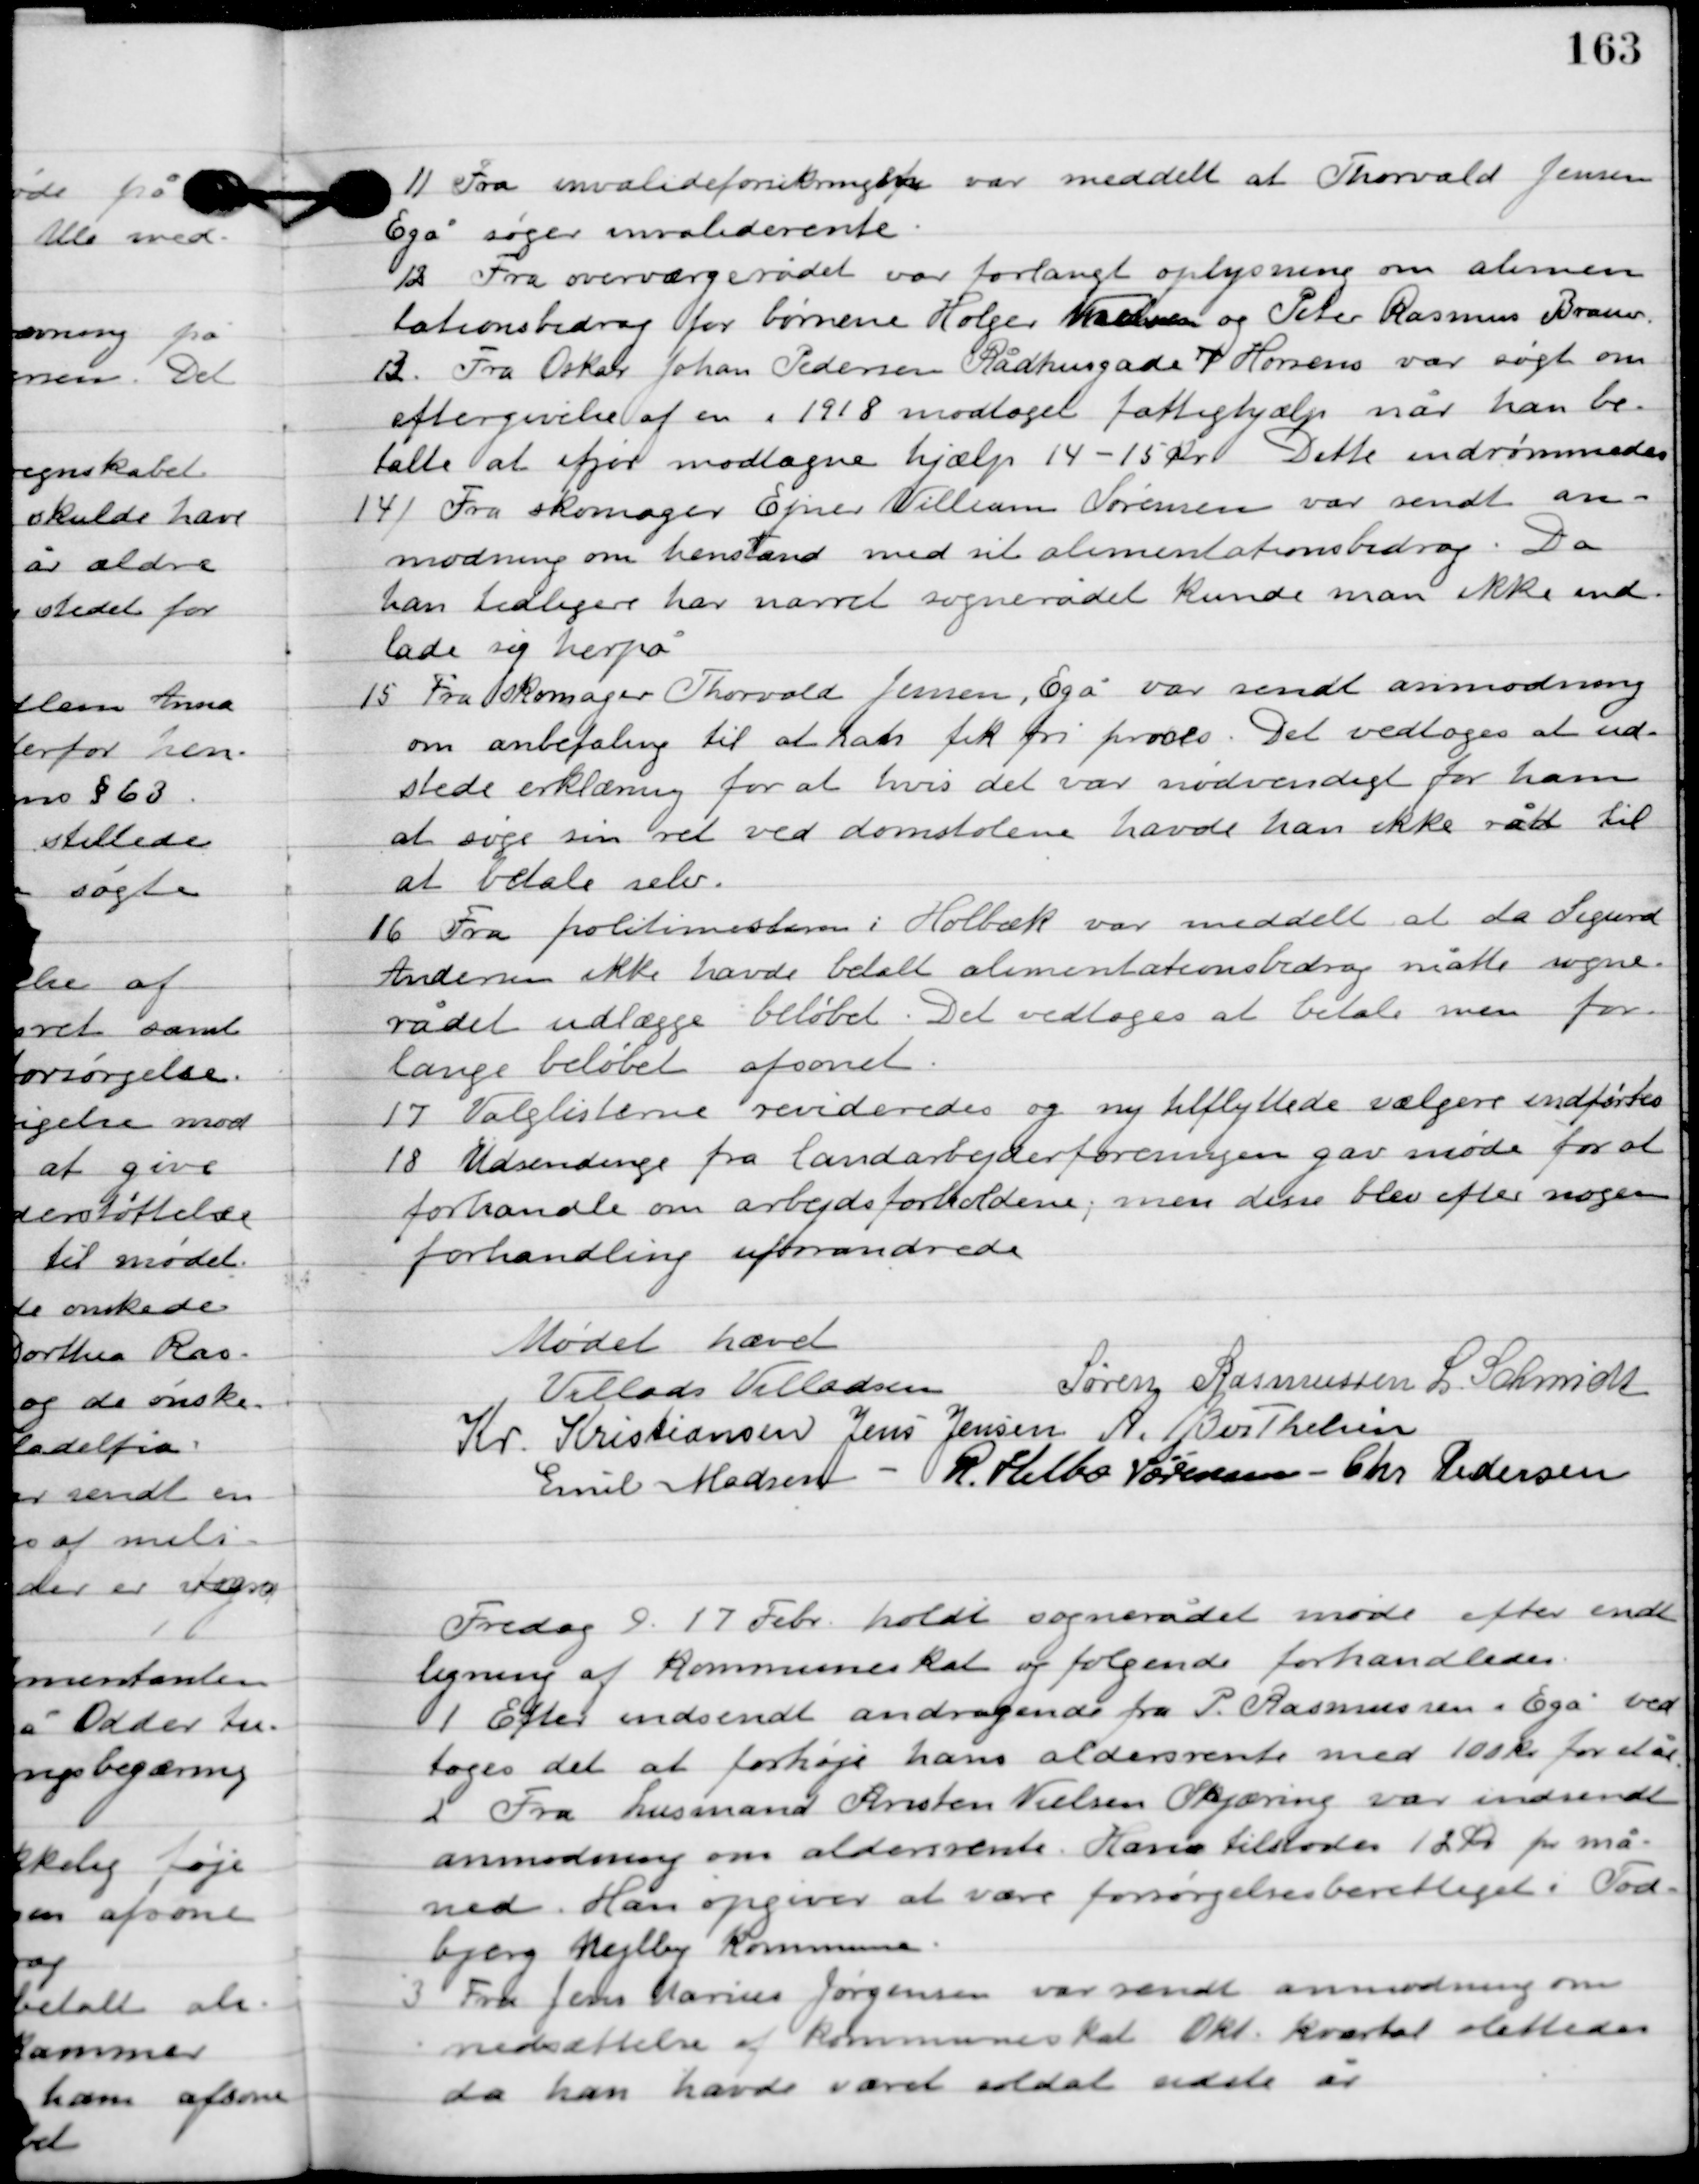
Transskription:
11

Fra invalideforsikringen var meddelt at Thorvald Jensen
Egå søger invaliderente.

12

Fra overværgerådet var forlangt oplysning om alimen-
tationsbidrag for børnene Holger Madsen og Peter Rasmus Brauer.

13

Fra Oskar Johan Pedersen Rådhusgade 7 Horsens var søgt om
eftergivelse af en i 1918 modtaget fattighjælp når han be-
talte at afgør modtagne hjælp 14-15 øre. Dette indrømmedes.

14

Fra skomager Ejner Villiam Sørensen var sendt an-
modning om henstand med sit alimentationsbidrag. Da
han tidligere har narret sognerådet kunde man ikke ind-
lade sig herpå.

15

Fra skomager Thorvald Jensen, Egå var sendt anmodning
om anbefaling til at han fik fri proces. Det vedtoges at ud-
stede erklæring fir at hvis det var nødvendigt for ham
at søge sin ret ved domstolene havde han ikke råd til
 at betale selv.

16

Fra politimesteren i Holbæk var meddelt at da Sigurd
Andersen ikke have betalt alimentationsbidrag måtte sogne-
rådet udlægge beløbet. Det vedtoges at betale men for-
lange beløbet afsonet.

17

Valglisterne revideredes og ny tilflyttede vælgere indførtes.

18

Udsendinge fra landarbejderforeningen gav møde for at
forhandle om arbejdsforholdene; men disse blev efter nogen
forhandling uforandrede.

Mødet hævet

Villads J. Villadsen
Søren Rasmussen
I. Schmidt
Kr. Kristiansen
Jens Jensen
A. Berthelsen
Emil Madsen
R. Helbo Sørensen
Chr. Pedersen

Fredag D. 17. Febr. holdt sognerådet møde efter endt
ligning af kommuneskat og følgende sager behandledes.

1

Efter indsendt andragende fra P. Rasmussen i Egå ved-
toges det at forhøje has aldersrente med 100 kr. for et år.

2

Fra husmand Kristen Nielsen Skjæring var indsendt
anmodning om aldersrente. Han tilstodes 12 kr. pr. må-
ned. Han opgiver at være forsørgelsesberettiget i Tod-
bjerg Mejlby kommune.

3

Fra Jens Marius Jørgensen var sendt anmodning om
nedsættelsen af kommuneskat Okt. kvartal slettedes
da han havde været soldat sidste år.